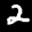
Label: 2